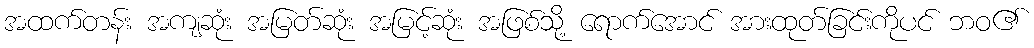
အထက်တန်း အကျဆုံး အမြတ်ဆုံး အမြင့်ဆုံး အဖြစ်သို့ ရောက်အောင် အားထုတ်ခြင်းကိုပင် ဘဝ၏